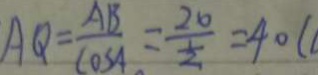
A Q = \frac { A B } { \cos A } = \frac { 2 0 } { \frac { 1 } { 2 } } = 4 0 (